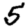
Digit: 5